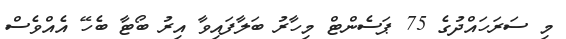
މި ސަރަހައްދުގެ 75 ޕަސެންޓް މިހާރު ބަލާފައިވާ އިރު ބޯޓާ ބެހޭ އެއްވެސް